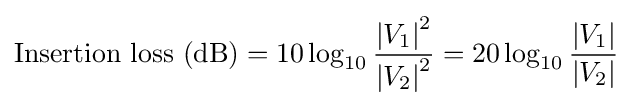
{\mbox{Insertion loss (dB)}}=10\log _{10}{\frac {\left\vert V_{1}\right\vert ^{2}}{\left\vert V_{2}\right\vert ^{2}}}=20\log _{10}{\frac {\left\vert V_{1}\right\vert }{\left\vert V_{2}\right\vert }}